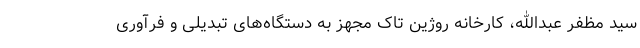
سید مظفر عبدالله، کارخانه روژین تاک مجهز به دستگاه‌های تبدیلی و فرآوری